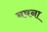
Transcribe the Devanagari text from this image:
बषना